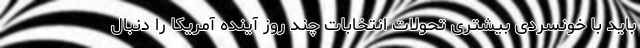
باید با خونسردی بیشتری تحولات انتخابات چند روز آینده آمریکا را دنبال